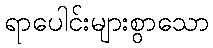
ရာပေါင်းများစွာသော